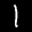
Label: 1